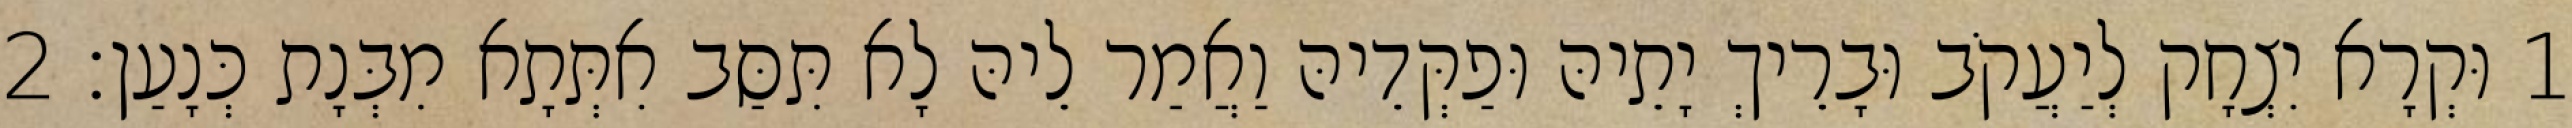
1 וּקְרָא יִצְחָק לְיַעֲקֹב וּבָרֵיךְ יָתֵיהּ וּפַקְּדֵיהּ וַאֲמַר לֵיהּ לָא תִּסַּב אִתְּתָא מִבְּנָת כְּנָעַן׃ 2